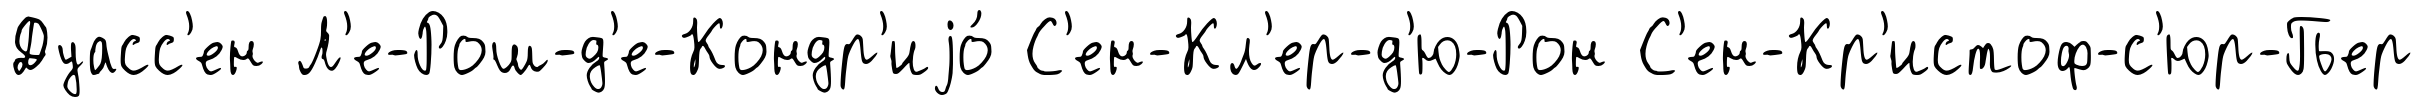
Дуасс'ен Л'е-Рош-д'е-Кондр'иjо́ С'ен-Кл'ер-д'ю-Рон С'ен-Кр'истоф-с'юр-Гьер